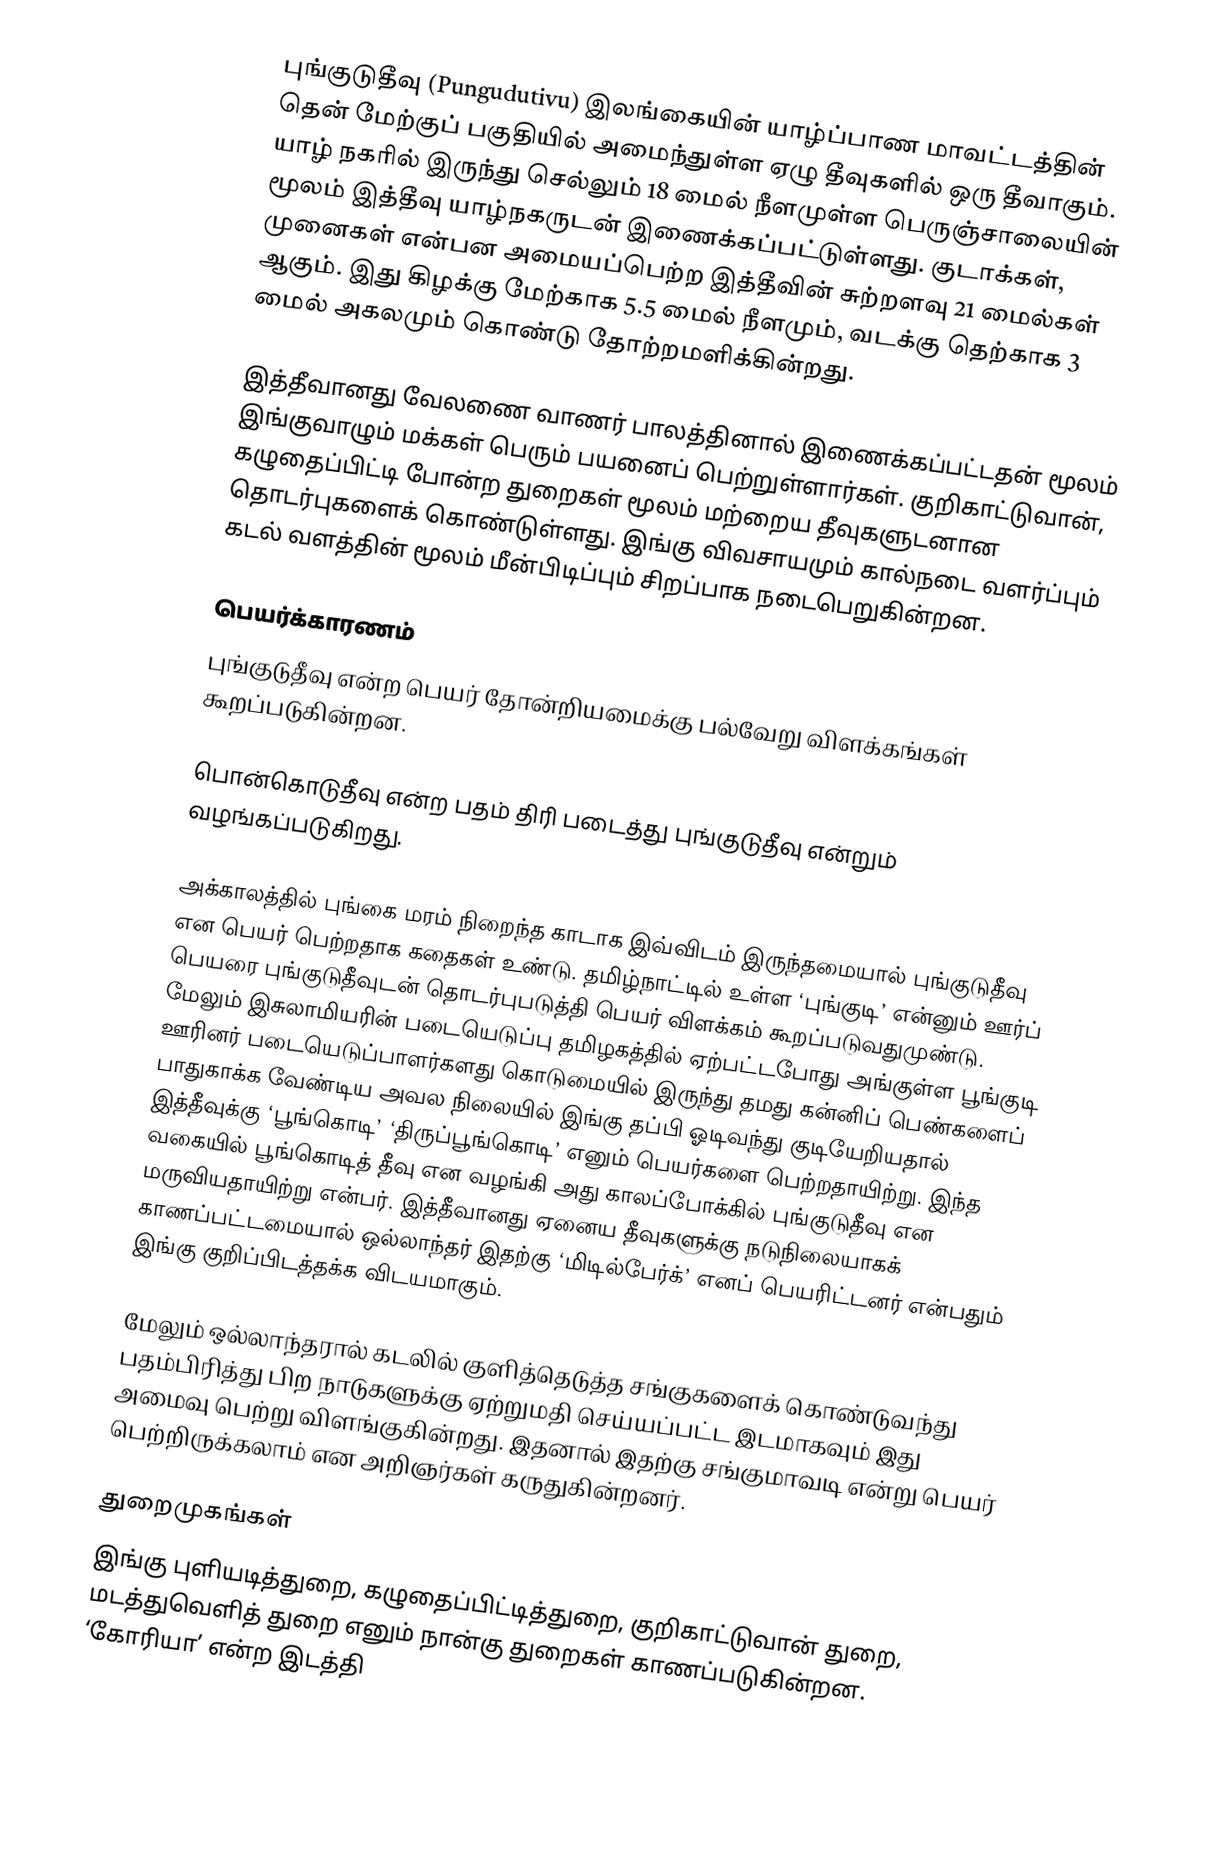
புங்குடுதீவு (Pungudutivu) இலங்கையின் யாழ்ப்பாண மாவட்டத்தின் தென் மேற்குப் பகுதியில் அமைந்துள்ள ஏழு தீவுகளில் ஒரு தீவாகும். யாழ் நகரில் இருந்து செல்லும் 18 மைல் நீளமுள்ள பெருஞ்சாலையின் மூலம் இத்தீவு யாழ்நகருடன் இணைக்கப்பட்டுள்ளது. குடாக்கள், முனைகள் என்பன அமையப்பெற்ற இத்தீவின் சுற்றளவு 21 மைல்கள் ஆகும். இது கிழக்கு மேற்காக 5.5 மைல் நீளமும், வடக்கு தெற்காக 3 மைல் அகலமும் கொண்டு தோற்றமளிக்கின்றது.

இத்தீவானது வேலணை வாணர் பாலத்தினால் இணைக்கப்பட்டதன் மூலம் இங்குவாழும் மக்கள் பெரும் பயனைப் பெற்றுள்ளார்கள். குறிகாட்டுவான், கழுதைப்பிட்டி போன்ற துறைகள் மூலம் மற்றைய தீவுகளுடனான தொடர்புகளைக் கொண்டுள்ளது. இங்கு விவசாயமும் கால்நடை வளர்ப்பும் கடல் வளத்தின் மூலம் மீன்பிடிப்பும் சிறப்பாக நடைபெறுகின்றன.

பெயர்க்காரணம்
புங்குடுதீவு என்ற பெயர் தோன்றியமைக்கு பல்வேறு விளக்கங்கள் கூறப்படுகின்றன.

பொன்கொடுதீவு என்ற பதம் திரி படைத்து புங்குடுதீவு என்றும் வழங்கப்படுகிறது.

அக்காலத்தில் புங்கை மரம் நிறைந்த காடாக இவ்விடம் இருந்தமையால் புங்குடுதீவு என பெயர் பெற்றதாக கதைகள் உண்டு. தமிழ்நாட்டில் உள்ள ‘புங்குடி’ என்னும் ஊர்ப் பெயரை புங்குடுதீவுடன் தொடர்புபடுத்தி பெயர் விளக்கம் கூறப்படுவதுமுண்டு. மேலும் இசுலாமியரின் படையெடுப்பு தமிழகத்தில் ஏற்பட்டபோது அங்குள்ள பூங்குடி ஊரினர் படையெடுப்பாளர்களது கொடுமையில் இருந்து தமது கன்னிப் பெண்களைப் பாதுகாக்க வேண்டிய அவல நிலையில் இங்கு தப்பி ஓடிவந்து குடியேறியதால் இத்தீவுக்கு ‘பூங்கொடி’ ‘திருப்பூங்கொடி’ எனும் பெயர்களை பெற்றதாயிற்று. இந்த வகையில் பூங்கொடித் தீவு என வழங்கி அது காலப்போக்கில் புங்குடுதீவு என மருவியதாயிற்று என்பர். இத்தீவானது ஏனைய தீவுகளுக்கு நடுநிலையாகக் காணப்பட்டமையால் ஒல்லாந்தர் இதற்கு ‘மிடில்பேர்க்’ எனப் பெயரிட்டனர் என்பதும் இங்கு குறிப்பிடத்தக்க விடயமாகும்.

மேலும் ஒல்லாந்தரால் கடலில் குளித்தெடுத்த சங்குகளைக் கொண்டுவந்து பதம்பிரித்து பிற நாடுகளுக்கு ஏற்றுமதி செய்யப்பட்ட இடமாகவும் இது அமைவு பெற்று விளங்குகின்றது. இதனால் இதற்கு சங்குமாவடி என்று பெயர் பெற்றிருக்கலாம் என அறிஞர்கள் கருதுகின்றனர்.

துறைமுகங்கள்
இங்கு புளியடித்துறை, கழுதைப்பிட்டித்துறை, குறிகாட்டுவான் துறை, மடத்துவெளித் துறை எனும் நான்கு துறைகள் காணப்படுகின்றன. ‘கோரியா’ என்ற இடத்தி